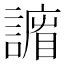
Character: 𧫨